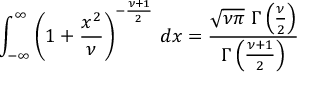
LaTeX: \int _ { - \infty } ^ { \infty } \left( 1 + { \frac { x ^ { 2 } } { \nu } } \right) ^ { - { \frac { \nu + 1 } { 2 } } } \, d x = { \frac { { \sqrt { \nu \pi } } \ \Gamma \left( { \frac { \nu } { 2 } } \right) } { \Gamma \left( { \frac { \nu + 1 } { 2 } } \right) } }